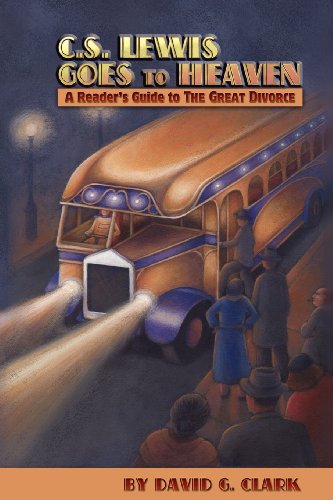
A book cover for C.S. Lewis Goes to Heaven: A Reader's Guide to The Great Divorce; David G Clark; Science Fiction & Fantasy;